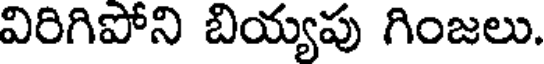
విరిగిపోని బియ్యపు గింజలు.